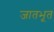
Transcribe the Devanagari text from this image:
जातभूत